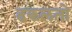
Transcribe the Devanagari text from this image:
ढकलतो